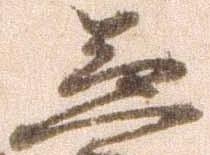
急